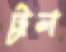
ট্রল